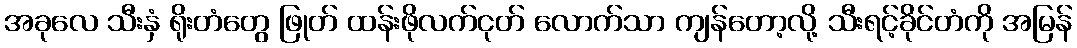
အခုလေ သီးနှံ ရိုးတံတွေ ဖြုတ် ထန်းဖိုလက်ငုတ် လောက်သာ ကျန်တော့လို့ သီးရင့်ခိုင်တံကို အမြန်